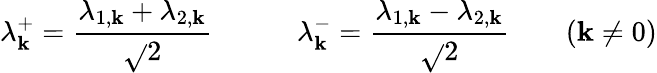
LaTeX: \lambda_{\mathbf{k}}^{+}=\frac{{\lambda_{1,\mathbf{k}}+\lambda_{2,\mathbf{k}}}}{{\sqrt{}{{2}}}}\qquad\quad\lambda_{\mathbf{k}}^{-}=\frac{{\lambda_{1,\mathbf{k}}-\lambda_{2,\mathbf{k}}}}{{\sqrt{}{{2}}}}\qquad(\mathbf{k}\neq0)